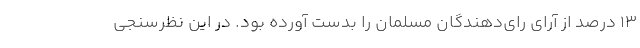
۱۳ درصد از آرای رای‌دهندگان مسلمان را بدست آورده بود. در این نظرسنجی